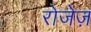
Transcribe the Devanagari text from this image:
रोजेज़